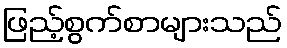
ဖြည့်စွက်စာများသည်